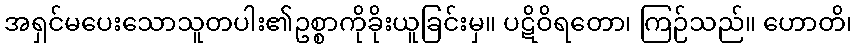
အရှင်မပေးသောသူတပါး၏ဥစ္စာကိုခိုးယူခြင်းမှ။ ပဋိဝိရတော၊ ကြဉ်သည်။ ဟောတိ၊